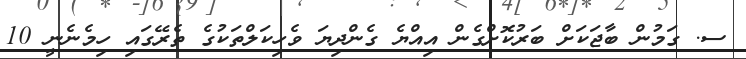
ސ. ގަމުން ބާޖަކަށް ބަރުކޮށްގެން އިއްޔެ ގެންދިޔަ ވެހިކަލްތަކުގެ ތެރޭގައި ހިމެނެނީ 10